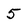
Character: 5